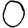
Digit: 0